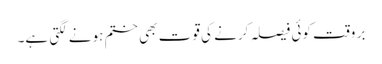
بر وقت کوئی فیصلہ کرنے کی قوت بھی ختم ہونے لگتی ہے۔